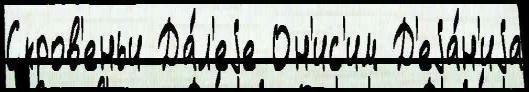
Скров'еньи Да́л'еjе Он'ис'им Д'еjа́н'иjа